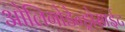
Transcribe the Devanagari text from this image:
ओलिगोडेन्ड्रोसाईट